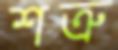
শত্রু